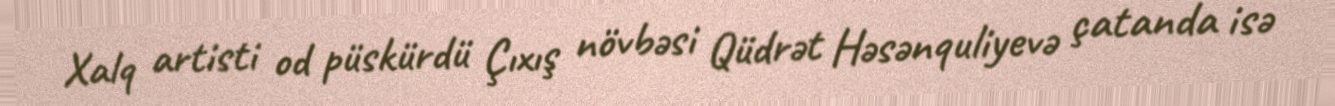
Xalq artisti od püskürdü Çıxış növbəsi Qüdrət Həsənquliyevə çatanda isə